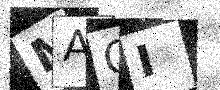
Text: MAQI